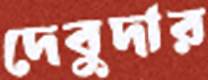
দেবুদার